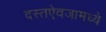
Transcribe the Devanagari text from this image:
दस्तऐवजामध्ये